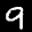
Label: 9